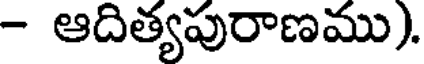
- ఆదిత్యపురాణము).